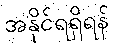
အနိုင်ရရှိရန်